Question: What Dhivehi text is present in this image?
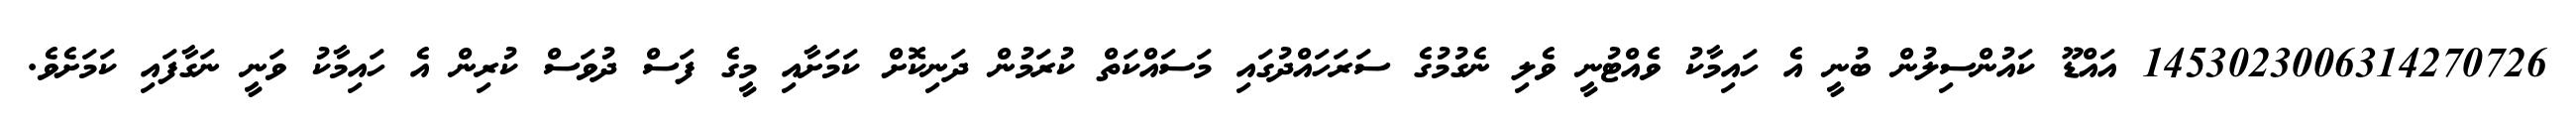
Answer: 1453023006314270726 އައްޑޫ ކައުންސިލުން ބުނީ އެ ހައިމާކު ވެއްޓުނީ ވެލި ނެގުމުގެ ސަރަހައްދުގައި މަސައްކަތް ކުރަމުން ދަނިކޮށް ކަމަށާއި މީގެ ފަސް ދުވަސް ކުރިން އެ ހައިމާކު ވަނީ ނަގާފައި ކަމަށެވެ.